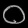
Digit: ၀